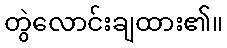
တွဲလောင်းချထား၏။